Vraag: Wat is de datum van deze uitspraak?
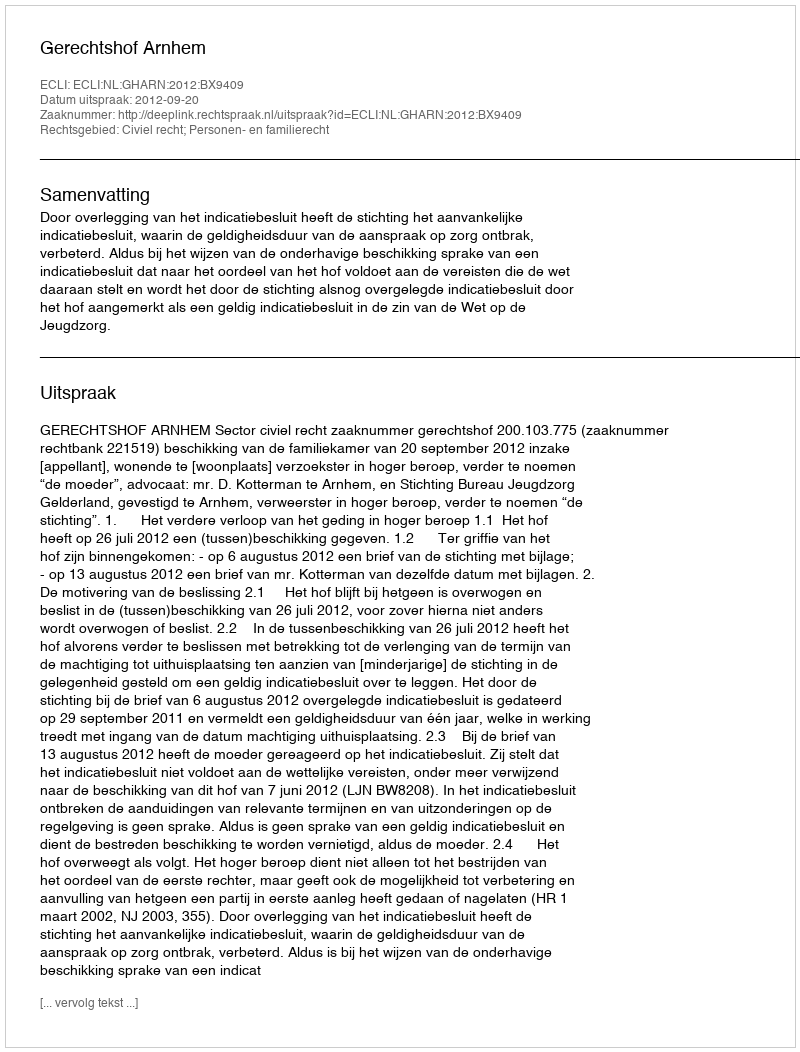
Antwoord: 2012-09-20